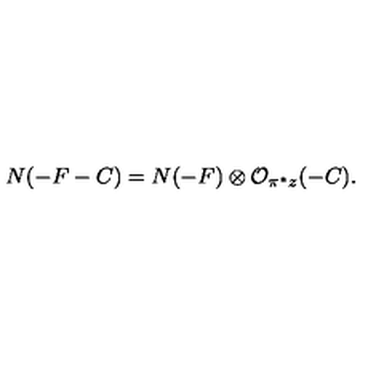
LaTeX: N ( - F - C ) = N ( - F ) \otimes { \cal O } _ { \pi ^ { * } z } ( - C ) .